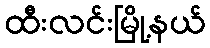
ထီးလင်းမြို့နယ်